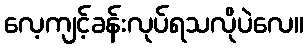
လေ့ကျင့်ခန်းလုပ်ရသလိုပဲလေ။